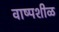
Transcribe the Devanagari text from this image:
वाष्पशीळ